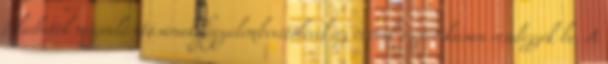
feladatok megvalósításának figyelembevételével az óvónık esztétikusan rendezzék be. A